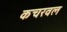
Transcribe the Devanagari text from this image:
कचरवल